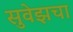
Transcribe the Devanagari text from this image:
सुवेझचा